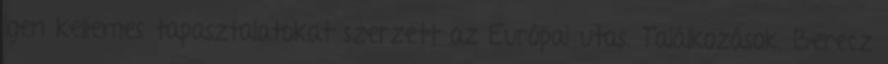
igen kellemes tapasztalatokat szerzett az Európai utas. Találkozások. Berecz